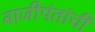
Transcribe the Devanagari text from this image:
बाजीपंतांची